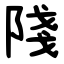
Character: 䧖